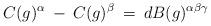
LaTeX: \begin{align*}C(g)^{\alpha} \: - \: C(g)^{\beta} \: = \: d B(g)^{\alpha \beta \gamma}\end{align*}